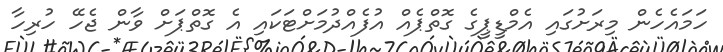
ހަމައެހެން މިރަށުގައި އެމްޑީޕީގެ ގޮތްޕެއް އުފެއްދުމަށްޓަކައި އެ ގޮތްޕަށް ވާން ޖެހޭ ހުރިހާ